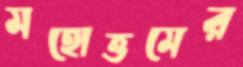
মহোত্তমের